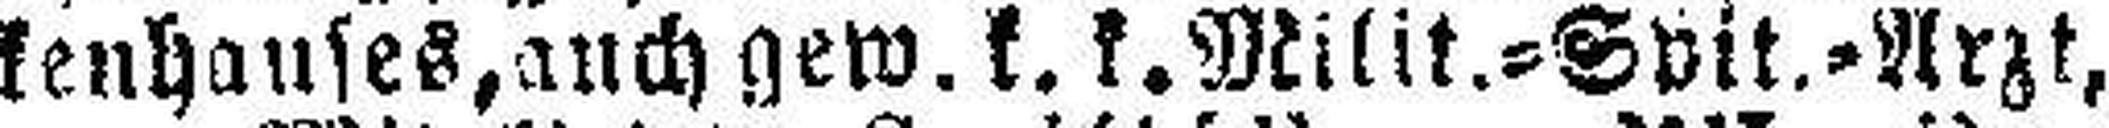
kenhauses, auch gew. k. k. Milit.=Spit.=Arzt,